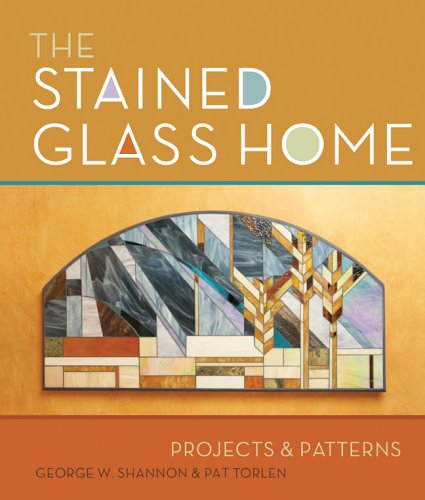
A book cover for The Stained Glass Home: Projects & Patterns; George W. Shannon; Crafts, Hobbies & Home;